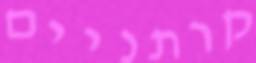
קרתניים